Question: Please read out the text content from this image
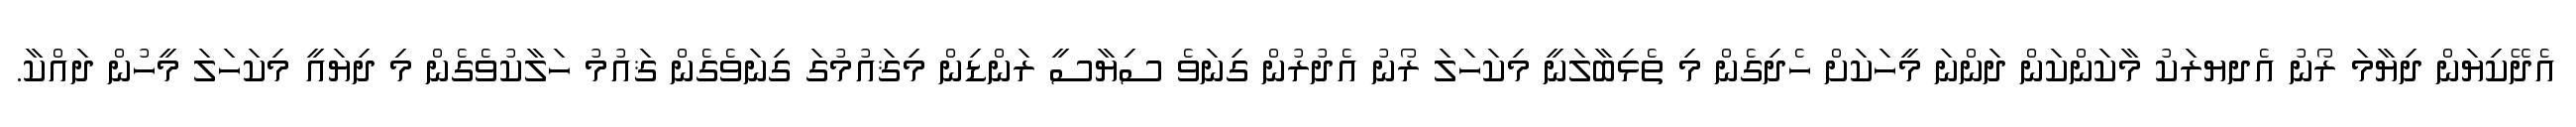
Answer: އެދޭކިޔަން ދިޔާމަ ރޯނު އެދޔރަކު މާކަންކަން ދަންނަ މީހަކަށް ހެދިގެން މި ތެޅިބާލަނީ މިކަހަލަ ރޯނު އެދުރުން ގިނަވެ ސިޔާސީ ރަންޑިން މިޤައުމުގަ ގިނަވެގެން ޤައުމު ހަލާކުވެގެން މި ދިޔައީ މިކަހަލަ މީހުން ދައްކާ.